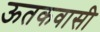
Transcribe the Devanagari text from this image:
ऊतकवासी